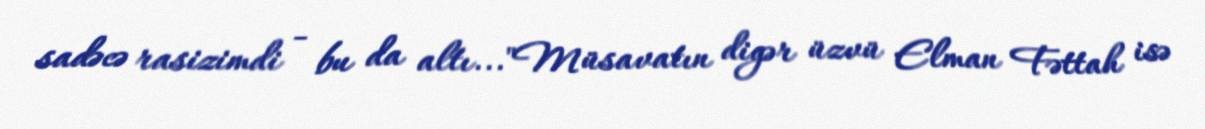
sadəcə rasizimdi - bu da altı..."Müsavatın digər üzvü Elman Fəttah isə